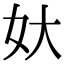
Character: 𡚻